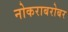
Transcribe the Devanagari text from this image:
नोकराबरोबर